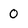
Character: O